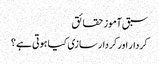
سبق آموز حقائق
کردار اور کردار سازی کیا ہوتی ہے ؟